Civil Veterinary Department Bihar reports 1936-40 - 1936-1940
Year: 1936
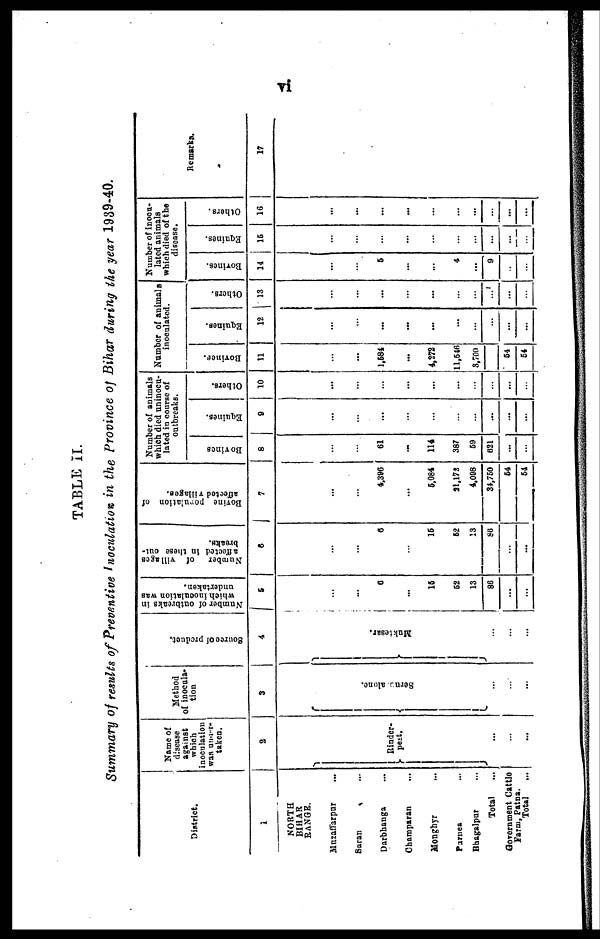
vi
TABLE II.
Summary of results of Preventive Inoculation in the Province of Bihar during the year 1939-40.
District.
1
NORTH
BIHAR
RANGE.
Muzaffarpur ...
Saran ...
Darbhanga ...
Champaran ...
Monghyr ...
Parnea
...
Bhagalpur ...
Total ...
Government Cattle
Farm, patns.
Total ...
Name of
disease
against
which
inoculation
was under-
taken.
2
Binder-
pest.
...
...
Method
of inocula-
tion
3
Serm alone.
...
...
Source of product.
4
Muktesar.
...
...
Number of outbreaks in
which inoculation was
undertaken.
5
...
...
6
...
15
52
13
86
...
...
Number
of villages
affected in these out-
breaks.
6
...
...
6
...
15
52
13
86
...
...
Bovine
population of
affected villages.
7
...
...
4,396
...
5,084
21,178
4,098
34,750
54
54
Number of animals
which died uninocu-
lated in course of
outbreaks.
Bovines
8
...
...
61
...
114
387
59
621
...
...
Equines.
9
...
...
...
...
...
...
...
...
...
...
Others.
10
...
...
...
...
...
...
...
...
...
...
Number of animals
inoculated.
Bovines.
11
...
...
1,584
...
4,272
11,546
3,700
...
54
54
Equines.
12
...
...
...
...
...
...
...
...
...
...
Others.
13
...
...
...
...
...
...
...
...
...
...
Number of inocu-
lated animals
which died of the
disease.
Bovines.
14
...
...
5
...
...
4
...
9
...
...
Equines.
15
...
...
...
...
...
...
...
...
...
...
Others.
16
...
...
...
...
...
...
...
...
...
...
Remarks.
17